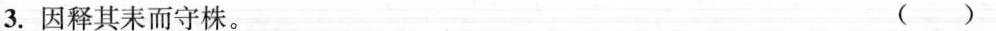
3.因释其耒而守株。 ( )